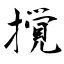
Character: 撹